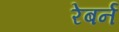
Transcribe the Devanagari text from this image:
रेबर्न